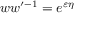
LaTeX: w w ^ { \prime - 1 } = e ^ { \varepsilon \eta }